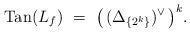
LaTeX: \begin{align*} {\rm Tan} (L_f) \,\, = \,\, \bigl( \,(\Delta_{\{2^k\}})^\vee\, \bigr)^k . \end{align*}